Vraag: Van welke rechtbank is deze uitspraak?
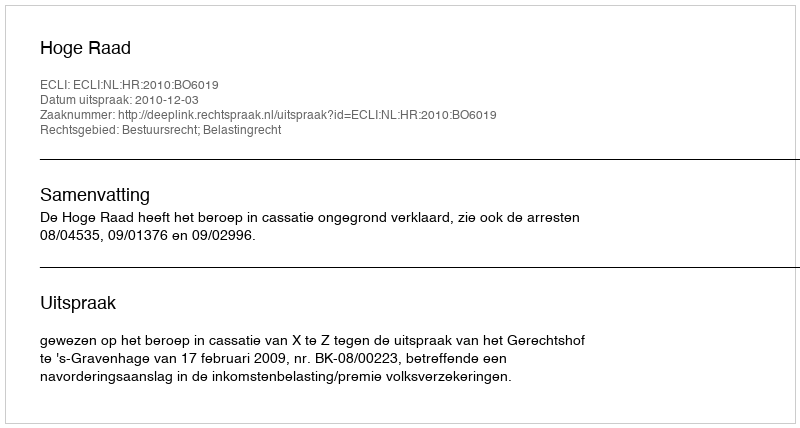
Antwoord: Hoge Raad